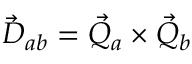
\vec { D } _ { a b } = \vec { Q } _ { a } \times \vec { Q } _ { b }